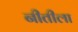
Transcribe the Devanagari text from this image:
नीतीला